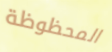
المحظوظة